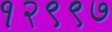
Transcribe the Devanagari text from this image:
१२९९७